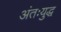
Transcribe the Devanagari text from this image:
अंतःयुद्ध